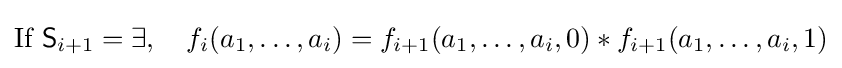
{\text{If }}{\mathsf {S}}_{i+1}=\exists ,\quad f_{i}(a_{1},\dots ,a_{i})=f_{i+1}(a_{1},\dots ,a_{i},0)*f_{i+1}(a_{1},\dots ,a_{i},1)